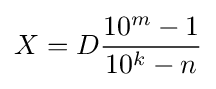
X=D{\frac {10^{m}-1}{10^{k}-n}}